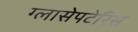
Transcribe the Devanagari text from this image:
ग्लासेपटेरिस